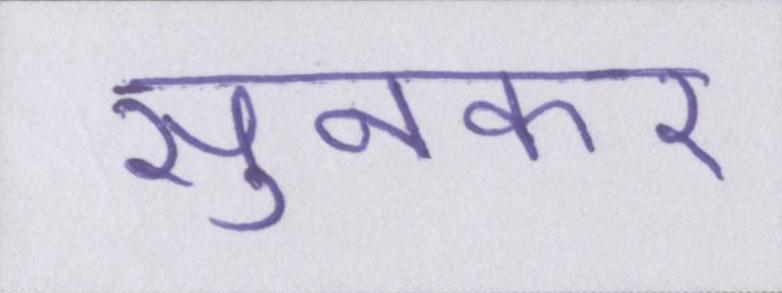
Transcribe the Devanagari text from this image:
सुनकर